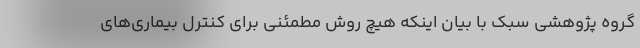
گروه پژوهشی سبک با بیان اینکه هیچ روش مطمئنی برای کنترل بیماری‌های